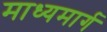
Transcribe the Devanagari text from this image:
माध्यमार्ग